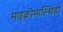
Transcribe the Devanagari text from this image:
माइक्रोमाल्थिडी